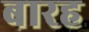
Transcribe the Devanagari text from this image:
बारह